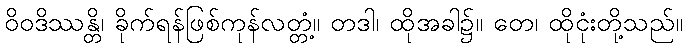
ဝိဝဒိဿန္တိ၊ ခိုက်ရန်ဖြစ်ကုန်လတ္တံ့။ တဒါ၊ ထိုအခါ၌။ တေ၊ ထိုငုံးတို့သည်။